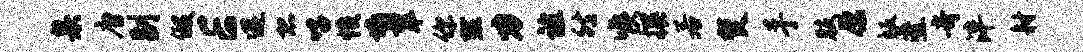
臬唐副假E遘恐唱愤墙翠你默力谊然喉撰若焚手肢原皈叠奇泮射